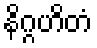
နိဂ္ဂဟိတံ